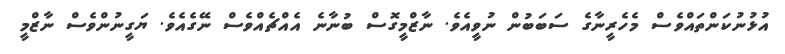
އުޅުނުކަންތައްވެސް މެހެރީނާގެ ސަބަބުން ނުވީއެވެ. ނާޒްމީގޮސް ބުނާނެ އެއްޗެއްވެސް ނޭގެއެވެ. ޔަގީނުންވެސް ނާޒްމީ